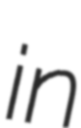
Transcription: in